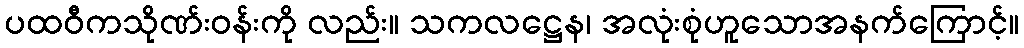
ပထဝီကသိုဏ်းဝန်းကို လည်း။ သကလဋ္ဌေန၊ အလုံးစုံဟူသောအနက်ကြောင့်။